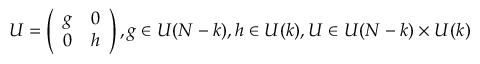
U = \left( \begin{array} { c c } { { g } } & { { 0 } } \\ { { 0 } } & { { h } } \end{array} \right) , g \in U ( N - k ) , h \in U ( k ) , U \in U ( N - k ) \times U ( k )